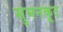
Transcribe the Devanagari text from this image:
सुमनकूट